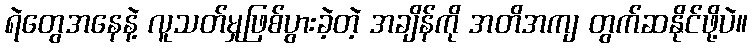
ရဲတွေအနေနဲ့ လူသတ်မှုဖြစ်ပွားခဲ့တဲ့ အချိန်ကို အတိအကျ တွက်ဆနိုင်ဖို့ပဲ။